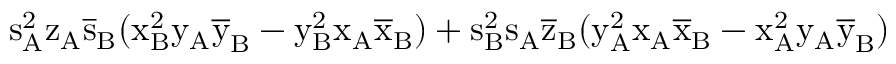
\mathrm { s _ { A } ^ { 2 } \mathrm { z _ { A } \mathrm { \overline { { s } } _ { B } ( \mathrm { x _ { B } ^ { 2 } \mathrm { y _ { A } \mathrm { \overline { { y } } _ { B } - \mathrm { y _ { B } ^ { 2 } \mathrm { x _ { A } \mathrm { \overline { { x } } _ { B } ) + \mathrm { s _ { B } ^ { 2 } \mathrm { s _ { A } \mathrm { \overline { { z } } _ { B } ( \mathrm { y _ { A } ^ { 2 } \mathrm { x _ { A } \mathrm { \overline { { x } } _ { B } - \mathrm { x _ { A } ^ { 2 } \mathrm { y _ { A } \mathrm { \overline { { y } } _ { B } ) } } } } } } } } } } } } } } } } } }